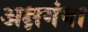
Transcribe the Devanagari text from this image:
अक्षगंगा